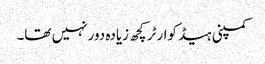
کمپنی ہیڈ کوارٹر کچھ زیادہ دور نہیں تھا۔